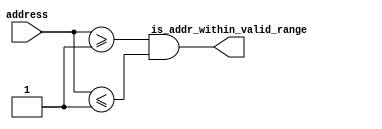
module altera_onchip_flash_address_range_check (
	address,
	is_addr_within_valid_range
);

	parameter FLASH_ADDR_WIDTH = 23;
	parameter MIN_VALID_ADDR = 1;
	parameter MAX_VALID_ADDR = 1;

	input [FLASH_ADDR_WIDTH-1:0] address;
	output is_addr_within_valid_range;
	
	assign is_addr_within_valid_range = (address >= MIN_VALID_ADDR) && (address <= MAX_VALID_ADDR);

endmodule